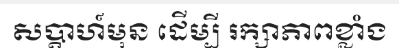
សប្តាហ៍មុន ដើម្បី រក្សាភាពខ្លាំង